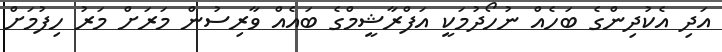
އަދި އެކުދިންގެ ބަހެއް ނުހޯދުމަކީ އަފްރާޝީމްގެ ބައެއް ވާރިސުން މަރަށް މަރު ހިފުމަށް